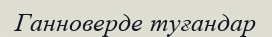
Ганноверде туғандар